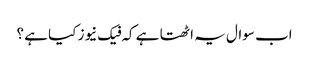
اب سوال یہ اٹھتا ہے کہ فیک نیوز کیا ہے ؟